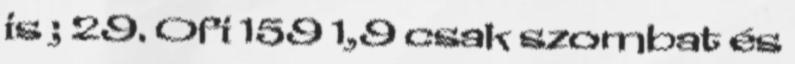
is ; 29. Ofi 159 1,9 csak szombat és